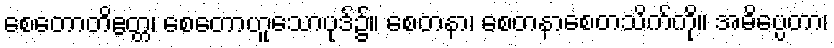
စေတောတိဧတ္တ၊ စေတောဟူသောပုဒ်၌။ စေတနာ၊ စေတနာစေတသိက်ကို။ အဓိပ္ပေတာ၊